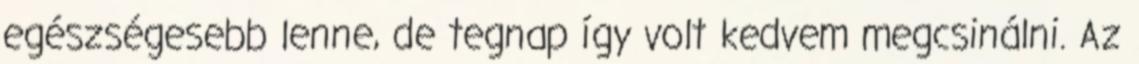
egészségesebb lenne, de tegnap így volt kedvem megcsinálni. Az